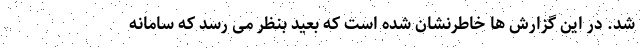
شد. در این گزارش ها خاطرنشان شده است که بعید بنظر می رسد که سامانه